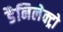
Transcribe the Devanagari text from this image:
डैनिलेक्ट्रो